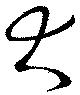
大